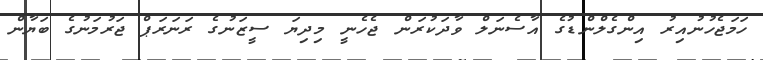
ހަމަޖެހުނުއިރު އިންގެލްންޑުގެ އާސެނަލް ވާދަކުރަން ޖެހެނީ މިދިޔަ ސީޒަނުގެ ރަނަރަޕް ޖަރުމަނުގެ ބަޔާން